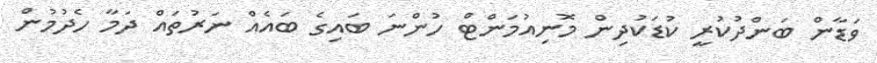
ވަޑާން ބަންދުކުރީ ކުޑަކުދިން މޮނިއުމަންޓް ހުންނަ ބައިގެ ބައެއް ނަރުތައް ދަމާ ހެދުމުން